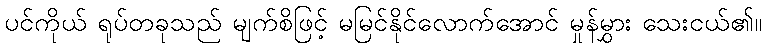
ပင်ကိုယ် ရုပ်တခုသည် မျက်စိဖြင့် မမြင်နိုင်လောက်အောင် မှုန်မွှား သေးငယ်၏။